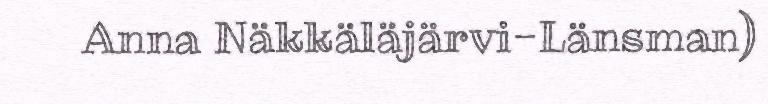
Anna Näkkäläjärvi-Länsman)